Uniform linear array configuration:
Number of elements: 64
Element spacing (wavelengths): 1
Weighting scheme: binomial
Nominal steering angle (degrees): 30
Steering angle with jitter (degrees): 30.538
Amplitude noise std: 0.05
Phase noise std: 0.05

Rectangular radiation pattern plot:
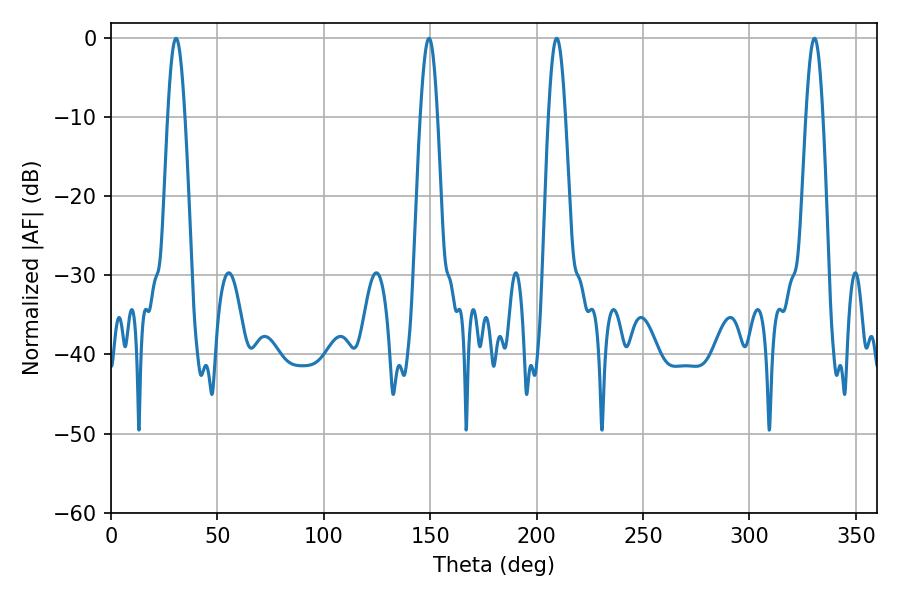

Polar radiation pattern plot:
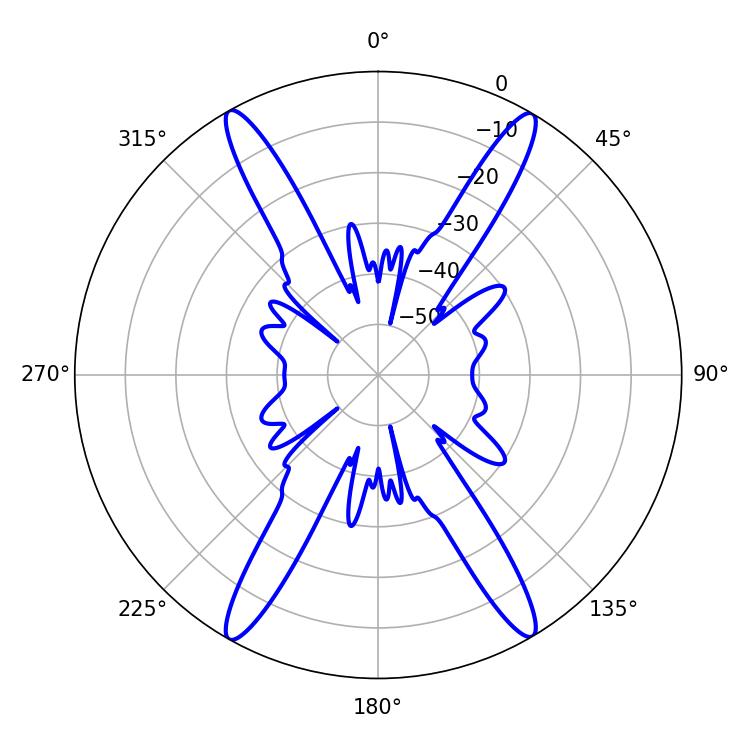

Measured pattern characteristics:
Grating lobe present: TRUE
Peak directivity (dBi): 27.17
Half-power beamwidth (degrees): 4.32
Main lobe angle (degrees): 149.4